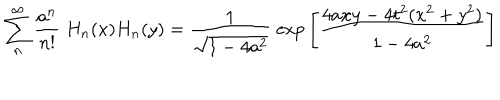
\sum _ { n } ^ { \infty } { \frac { a ^ { n } } { n ! } } \; H _ { n } ( x ) H _ { n } ( y ) = { \frac { 1 } { \sqrt { 1 - 4 a ^ { 2 } } } } \; \mathrm { e x p } \left[ { \frac { 4 a x y - 4 t ^ { 2 } ( x ^ { 2 } + y ^ { 2 } ) } { 1 - 4 a ^ { 2 } } } \right] \;